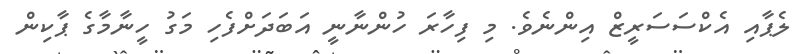
ލެޕާއި އެކްސަސަރީޒް އިންނެވެ. މި ފިހާރަ ހުންނާނީ އަބަދަށްފެހި މަގު ހީނާމާގެ ޕާކިން